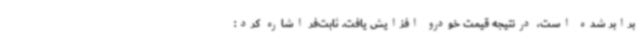
برابر شده است، درنتیجه قیمت خودرو افزایش یافت. ثابت‌فر اشاره کرد: